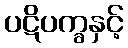
ပဋိပက္ခနှင့်